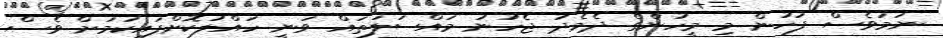
ނަމަވެސް ފަހުން މި މީހުންގެ ދެމެދު ޖެހުނު މައްސަލަތައް ވަނީ ހައްލުކޮށްފައިކަމަށް ވެސް